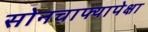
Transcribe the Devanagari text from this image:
सोनचाफ्यापेक्षा